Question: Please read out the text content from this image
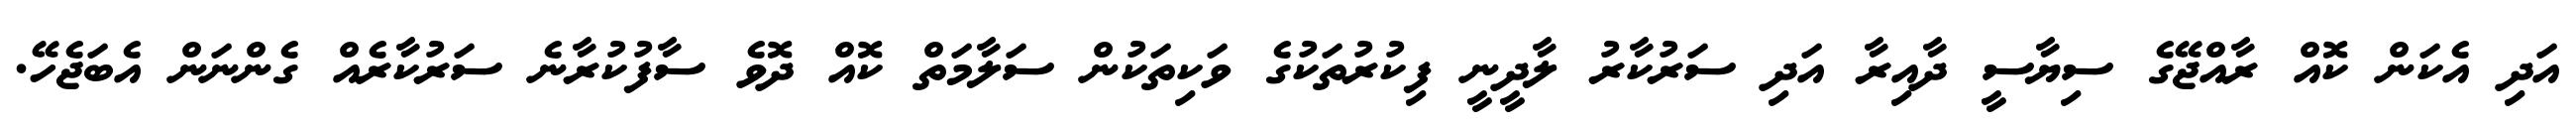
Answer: އަދި އެކަން ކޮއް ރާއްޖޭގެ ސިޔާސީ ދާއިރާ އަދި ސަރުކާރު ލާދީނީ ފިކުރުތަކުގެ ވަކިތަކުން ސަލާމަތް ކޮއް ދޮވެ ސާފުކުރާނެ ސަރުކާރެއް ގެންނަން އެބަޖެހޭ.